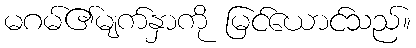
မဂမ်၏မျက်နှာကို မြင်ယောင်သည်။